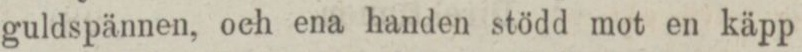
guldspännen, och ena handen stödd mot en käpp